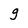
Character: g